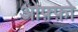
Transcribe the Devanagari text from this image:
ओफ़्फ़ो